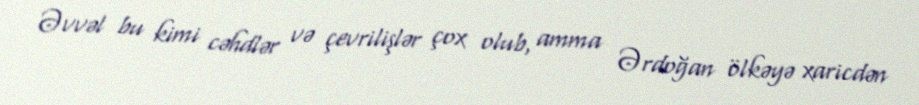
Əvvəl bu kimi cəhdlər və çevrilişlər çox olub, amma Ərdoğan ölkəyə xaricdən